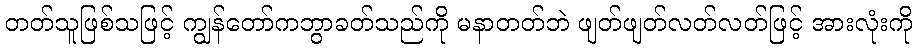
တတ်သူဖြစ်သဖြင့် ကျွန်တော်ကဘွာခတ်သည်ကို မနာတတ်ဘဲ ဖျတ်ဖျတ်လတ်လတ်ဖြင့် အားလုံးကို